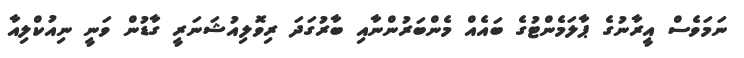
ނަމަވެސް އީރާނުގެ ޕާލަމެންޓުގެ ބައެއް މެންބަރުންނާއި ބާރުގަދަ ރިވޮލިއުޝަނަރީ ގާޑުން ވަނީ ނިއުކްލިއާ